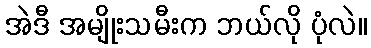
အဲဒီ အမျိုးသမီးက ဘယ်လို ပုံလဲ။